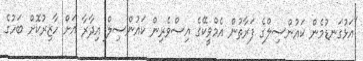
"އަޅުގަނޑުމެން ކައުންސިލްގެ ފަރާތުން އެމްވީކޭގެ އިސްވެރިން ކައުންސިލް އިދާރާ އަށް ހާޒިރުކޮށް ބަހުގެ